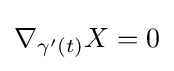
\nabla _{\gamma '(t)}X=0